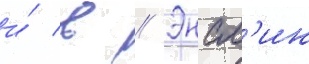
и́ в // Энсл'ин